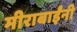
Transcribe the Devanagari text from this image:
मीराबाईंनी